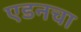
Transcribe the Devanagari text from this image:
एडनचा